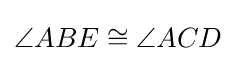
\angle ABE\cong \angle ACD